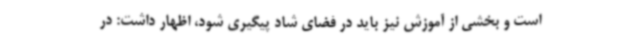
است و بخشی از آموزش نیز باید در فضای شاد پیگیری شود، اظهار داشت: در